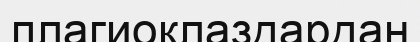
плагиоклаздардан